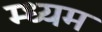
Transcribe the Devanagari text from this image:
म्ध्यम